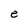
Character: e